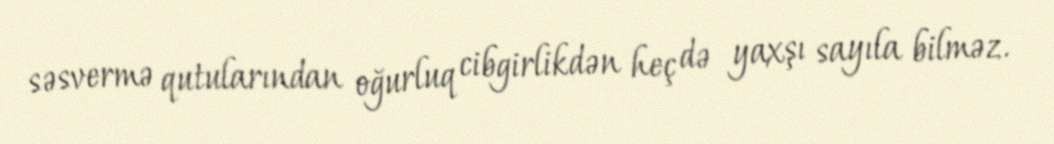
səsvermə qutularından oğurluq cibgirlikdən heç də yaxşı sayıla bilməz.